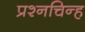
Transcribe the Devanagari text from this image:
प्रश्‍नचिन्ह